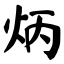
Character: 炳